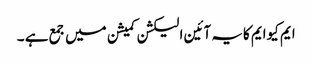
ایم کیوایم کایہ آئین الیکشن کمیشن میں جمع ہے ۔